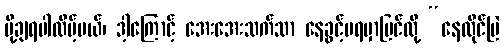
ပို့ချရပါလိမ့်မယ်၊ ဒါ့ကြောင့် အေးအေးသက်သာ နေခွင့်မရမှာမြင်လို့ “နေထိုင်မြဲ